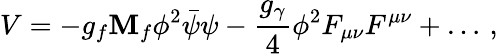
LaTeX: V=-g_{f}\mathbf{M}_{f}\phi^{2}\bar{{\psi}}\psi-\frac{{g_{\gamma}}}{{4}}\phi^{2}F_{\mu\nu}F^{\mu\nu}+\ldots\, ,